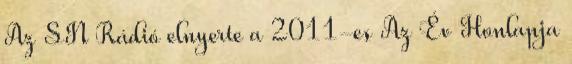
Az SN Rádió elnyerte a 2011-es Az Év Honlapja